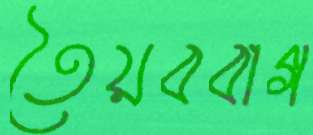
তৈয়ববাগ